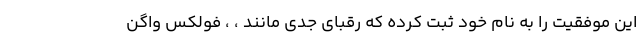
این موفقیت را به نام خود ثبت کرده که رقبای جدی مانند ، ، فولکس واگن